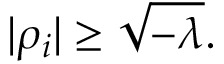
| \rho _ { i } | \geq \sqrt { - \lambda } .